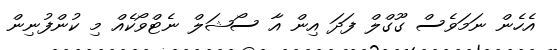
އެހެން ނަމަވެސް ގޫގްލް ފަދަ އިން އާ ސޯޝަލް ނެޓްވޯކެއް މި ކުންފުނިން